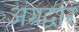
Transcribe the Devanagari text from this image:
अग्रद्वार